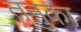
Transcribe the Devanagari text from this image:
तनुका